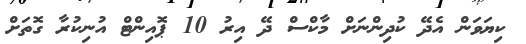
ކިޔަވަން އެދޭ ކުދިންނަށް މާކްސް ދޭ އިރު 10 ޕޮއިންޓް އުނިކުރާ ގޮތަށް